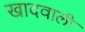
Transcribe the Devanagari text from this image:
खादवाली